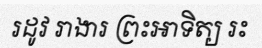
រដូវ រាងារ ព្រះអាទិត្យ រះ